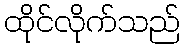
ထိုင်လိုက်သည်